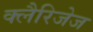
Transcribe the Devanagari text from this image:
क्लैरिजेज